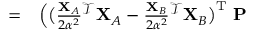
\begin{array} { r l } { = } & { { } \Big ( \big ( \frac { \mathbf { X } _ { A } } { 2 \alpha ^ { 2 } } { } ^ { \mathcal { T } } \mathbf { X } _ { A } - \frac { \mathbf { X } _ { B } } { 2 \alpha ^ { 2 } } { } ^ { \mathcal { T } } \mathbf { X } _ { B } \big ) ^ { \mathrm { T } } \ \mathbf { P } } \end{array}